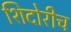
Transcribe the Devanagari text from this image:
शिदोरीच